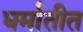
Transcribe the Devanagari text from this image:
धर्मातीत